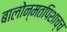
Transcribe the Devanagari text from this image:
बालोन्मतपिशाच्च